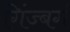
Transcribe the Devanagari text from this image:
गिंज्बर्ग